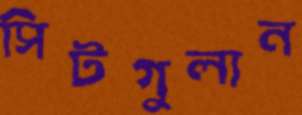
সিটগুলান